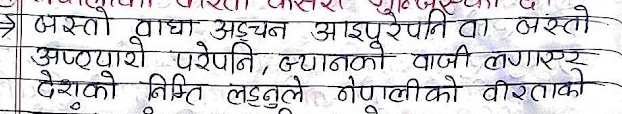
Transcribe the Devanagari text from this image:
जस्तो बाधा अड़चन आइपुरे पनि वा जस्तो
अप्ठ्यारो परे पनि, ज्यानको बाजी लगाएर
देशको निम्ति लड्नुले नेपालीको वीरताको